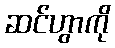
ဆင်ဟွာကို